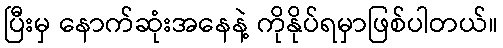
ပြီးမှ နောက်ဆုံးအနေနဲ့ ကိုနိုပ်ရမှာဖြစ်ပါတယ်။